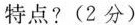
特点?(2分)